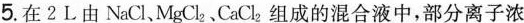
5.在2L由NaCl、MgCl_{2}、CaCl_{2}组成的混合液中，部分离子浓